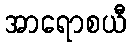
အာရောစယီ